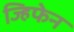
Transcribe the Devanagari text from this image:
ज्हिफेन